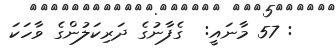
: 57 މާނައީ:  ގެފާނުގެ ދަރިކަލުންގެ ވާހަކަ